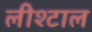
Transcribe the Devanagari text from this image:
लीश्टाल